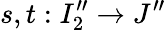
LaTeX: s,t:I_{2}^{\prime\prime}\to J^{\prime\prime}